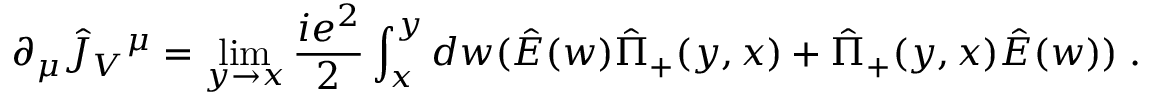
\partial _ { \mu } \hat { J } _ { V } { } ^ { \mu } = \operatorname * { l i m } _ { y \rightarrow x } { \frac { i e ^ { 2 } } { 2 } } \int _ { x } ^ { y } d w ( \hat { E } ( w ) \hat { \Pi } _ { + } ( y , x ) + \hat { \Pi } _ { + } ( y , x ) \hat { E } ( w ) ) \; .